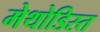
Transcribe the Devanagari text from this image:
मेथोडिस्त